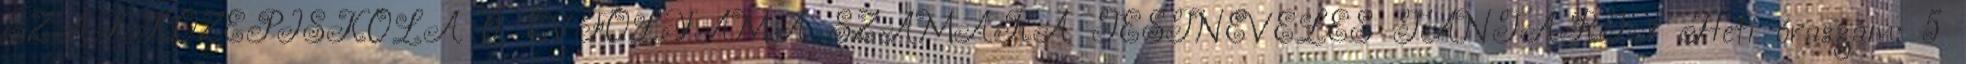
SZAKKÖZÉPISKOLA 0. ÉVFOLYAMA SZÁMÁRA TESTNEVELÉS TANTÁRGY Heti óraszám: 5